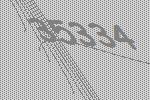
35334